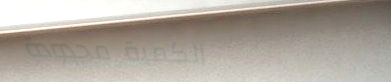
الكمية محدودة